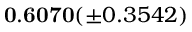
\mathbf { 0 . 6 0 7 0 } ( \pm 0 . 3 5 4 2 )